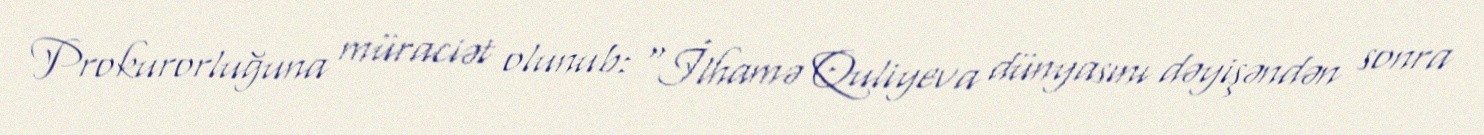
Prokurorluğuna müraciət olunub: "İlhamə Quliyeva dünyasını dəyişəndən sonra